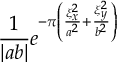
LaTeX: { \frac { 1 } { | a b | } } e ^ { - \pi \left( { \frac { \xi _ { x } ^ { 2 } } { a ^ { 2 } } } + { \frac { \xi _ { y } ^ { 2 } } { b ^ { 2 } } } \right) }